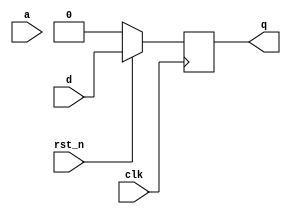

module dff (
    clk,
    a,
    rst_n,
    d,
    q
);
    input clk,a,rst_n,d;
    output q;
    reg q; 

    always @(posedge clk ) begin
        if (~rst_n) begin
            q<=1'b0;
        end else begin
            q<=d;
        end
    end

    
endmodule